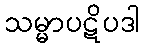
သမ္မာပဋိပဒါ